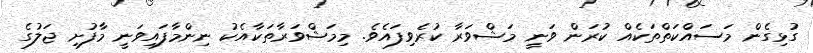
ގުޅިގެން މަސައްކަތްތަކެއް ކުރަން ވަނީ މަޝްވަރާ ކުރެވިފައެވެ. މިމަޝްވަރާތަކާއެކު ނިންމާފައިވަނީ މާފުށި ޖަލުގެ